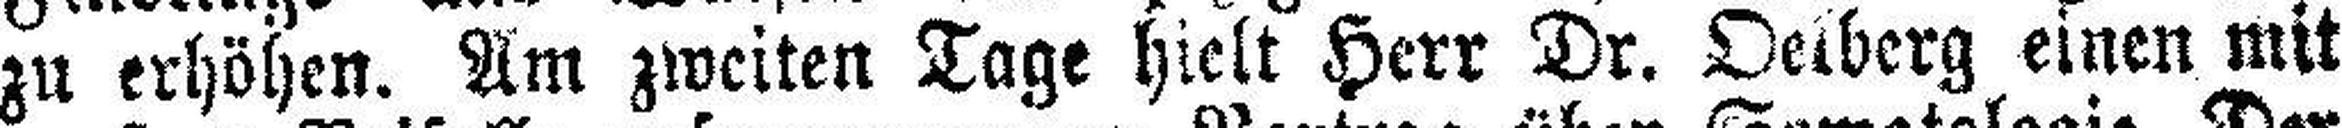
zu erhöhen. Am zweiten Tage hielt Herr Dr. Oelberg einen mit